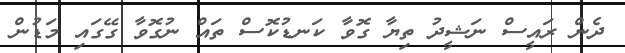
ދެން ރައީސް ނަޝީދު ތިޔާ ގޮވާ ކަނޑުކޮސް ތައް ނުގޮވާ ގޭގައި މަޑުން